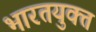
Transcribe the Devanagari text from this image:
भारतयुक्त